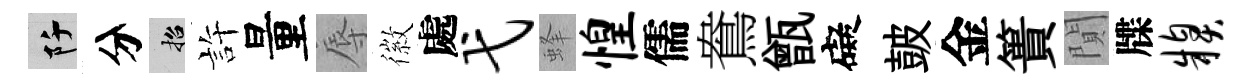
阡分招許量辱徽處弋蜂惶儒鴦甑礙皷金簣閴牒糗